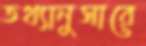
তথ্যানুসারে